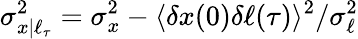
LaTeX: \sigma_{x|\ell_{\tau}}^{2}=\sigma_{x}^{2}-\langle\delta x(0)\delta\ell(\tau)\rangle^{2}/\sigma_{\ell}^{2}